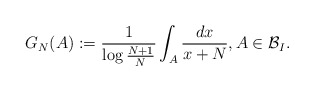
\begin{align*}G_N (A) :=\frac{1}{\log \frac{N+1}{N}} \int_{A} \frac{dx}{x+N},A \in {\mathcal{B}}_I. \end{align*}